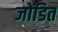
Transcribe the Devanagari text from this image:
जोडित